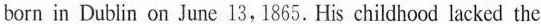
born in Dublin on Junc l3,1865.His childhood lacked the